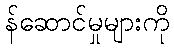
န်ဆောင်မှုများကို